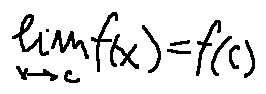
\lim \limits _ { x \rightarrow c } f ( x ) = f ( c )